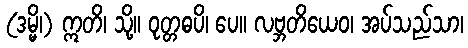
(ဒမ္မိ၊) ဣတိ၊ သို့။ ဝုတ္တဓပိ၊ ပေ။ လဗ္ဘတိယေဝ၊ အပ်သည်သာ၊